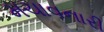
મચાવનારી